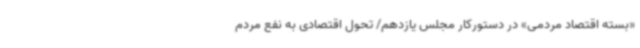
«بسته اقتصاد مردمی» در دستورکار مجلس یازدهم/ تحول اقتصادی به نفع مردم